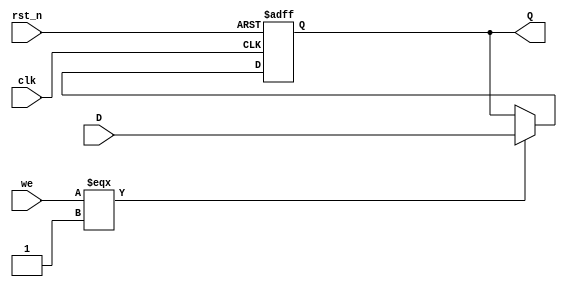
// --------------------------------------------------------------------------------
//  Company: MSI
//  Design Name: 
//  Module Name:    ereg - Behavioral 
// --------------------------------------------------------------------------------

`define false 1'b 0
`define FALSE 1'b 0
`define true 1'b 1
`define TRUE 1'b 1

`timescale 1 ns / 1 ns // timescale for following modules


module ereg (
   clk,
   rst_n,
   we,
   D,
   Q);
 

input   clk; 
input   rst_n; 
input   we; 
input   [38:0] D; 
output   [38:0] Q; 

reg     [38:0] Q; 


always @(posedge clk or negedge rst_n)
   begin : _reg_
   if (rst_n === 1'b 0)
      begin
      Q <= {39{1'b 0}};   
      end
   else if (clk === 1'b 1 )
      begin
      if (we === 1'b 1)
         begin
         Q <= D;   
         end
      end
   end


endmodule // module ereg